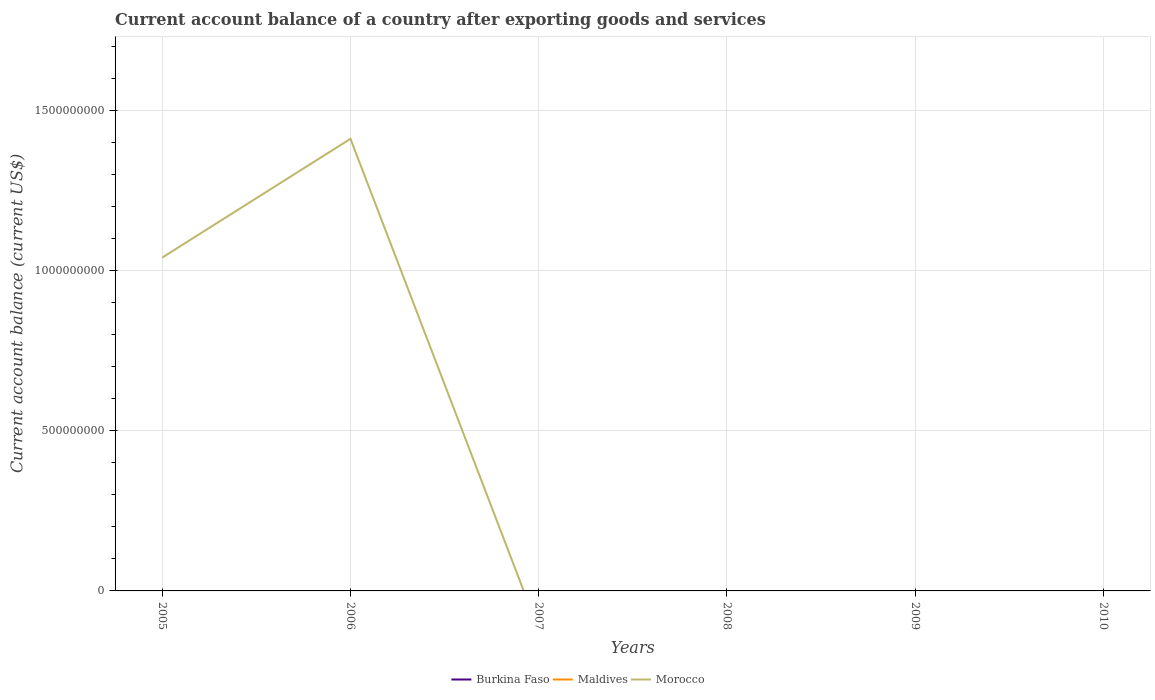
| Years | Burkina Faso | Maldives | Morocco |
 | --- | --- | --- | --- |
 | 2005 | -6.34e+08 | -2.73e+08 | 1.04e+09 |
 | 2006 | -5.43e+08 | -3.02e+08 | 1.41e+09 |
 | 2007 | -5.6e+08 | -2.69e+08 | -1.22e+08 |
 | 2008 | -9.63e+08 | -6.12e+08 | -4.53e+09 |
 | 2009 | -3.8e+08 | -2.21e+08 | -4.97e+09 |
 | 2010 | -1.81e+08 | -1.96e+08 | -3.93e+09 |